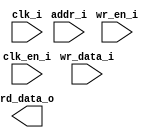
/*******************************************************************************
    Verilog netlist generated by IPGEN Radiant
    Soft IP Version: 1.0.0
    Thu May 24 16:29:09 2018
*******************************************************************************/
/*******************************************************************************
    Wrapper Module generated per user settings.
*******************************************************************************/
module rom_himax_cfg_324 (clk_i, clk_en_i, wr_en_i, wr_data_i, addr_i,
    rd_data_o)/* synthesis syn_black_box syn_declare_black_box=1 */;
    input  clk_i;
    input  clk_en_i;
    input  wr_en_i;
    input  [15:0]  wr_data_i;
    input  [7:0]  addr_i;
    output  [15:0]  rd_data_o;
endmodule